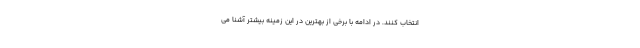
انتخاب کنند. در ادامه با برخی از بهترین در این زمینه بیشتر آشنا می